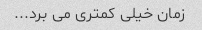
زمان خیلی کمتری می برد...